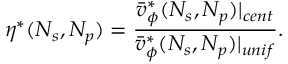
\eta ^ { * } ( N _ { s } , N _ { p } ) = \frac { \bar { v } _ { \phi } ^ { * } ( N _ { s } , N _ { p } ) | _ { c e n t } } { \bar { v } _ { \phi } ^ { * } ( N _ { s } , N _ { p } ) | _ { u n i f } } .